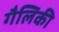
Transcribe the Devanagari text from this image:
गैलिकी